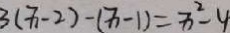
3 ( x - 2 ) - ( x - 1 ) = x ^ { 2 } - 4